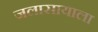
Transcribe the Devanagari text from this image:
जलासायाला